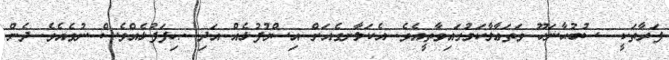
ފަރާތަކީ  ސުބުޙާނަހޫ ވަތަޢާލާކަމުގައިވާތީއެވެ. އެކަލާނގެއަށް އިސްމުފުޅެއް އަދި ޞިފަފުޅެއްވެސް ނުވެއެވެ. ދެން